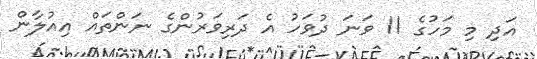
އަދި މި މަހުގެ 11 ވަނަ ދުވަހު އެ ދަރިވަރުންގެ ނަންތައް އިއުލާން